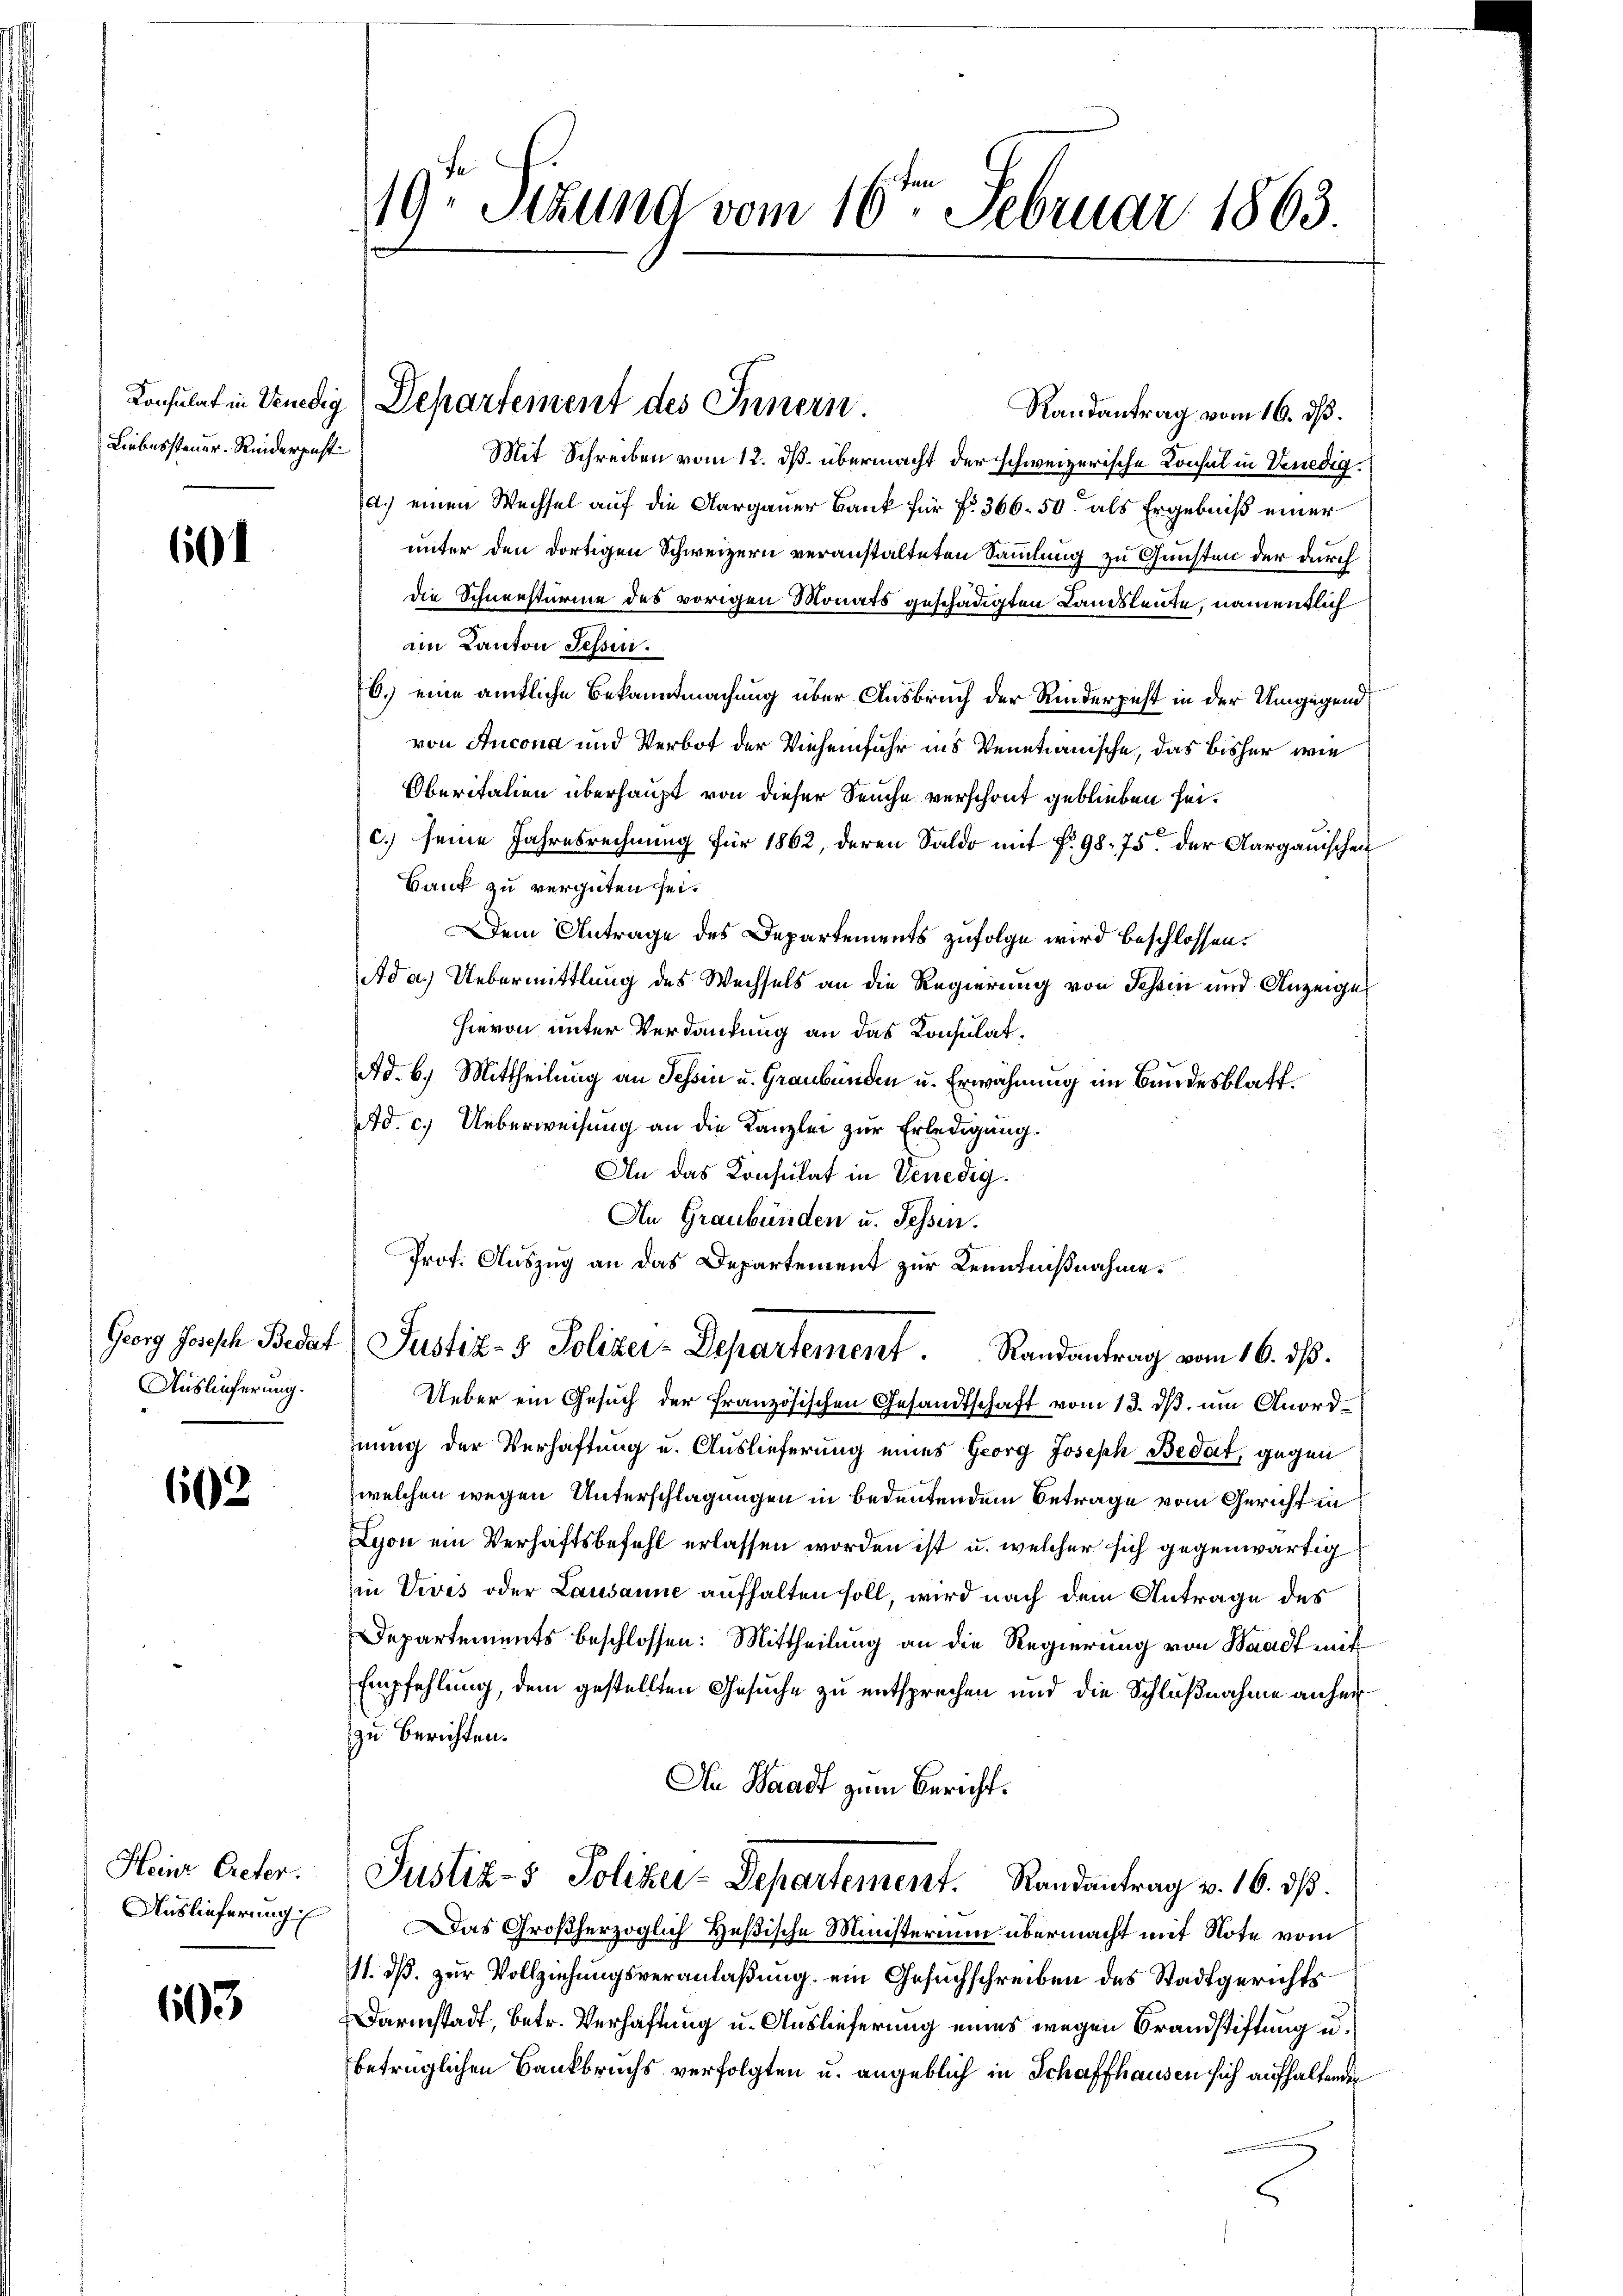
Liebessteuer-Riederpast

60

Auslieferung.

602

Heinr Creter.
Auslieferung

603

19. Sitzung vom 16ten Februar 1863.

Randantrag vom 16. dß.
Mit Schreiben vom 12. ds. übermacht der schweizerische Konsul in Venedigd.) einen Wechsel auf die Aargauer Bank für fr. 366. 50. als Ergebniß einer
unter den dortigen Schweizern veranstalteten Sammlung zu Gunsten der durch
die Schneestürme des vorigen Monats geschädigten Landsleute, namentlich
im Kanton Sessen.
0.) eine amtliche Bekanntmachung über Ausbruch der Rinderpest in der Umgegend
von Ancona und Verbot der Vieheinfuhr ins Venetianische, das bisher wie
Oberitalien überhaupt von dieser Seuche verschont geblieben sei.
c.) seine Jahresrechnung für 1862, deren Saldo mit § 98. 75 der Aargauischen
Bank zu vergüten sei.
Dem Antrage des Departements zufolge wird beschlossen.
Ada.) Uebermittlung des Wechsels an die Regierung von Schein und Anzeiges
Hievon unter Verdankung an das Konsulat,
Ad. 6. Mittheilung an Tessin u. Graubünden u. Erwähnung im Bandesblatt.
Ad. c.) Ueberweisung an die Kanzlei zur Erledigung.
An das Konsulat in Venedig
An Graubünden u. Tessin.
Prot. Auszug an das Departement zur Kenntnißnahme.
Georg Joseph Bedat Justiz- & Polizei-Departement. Randantrag vom 16. ds.
Ueber ein Gesuch der französischen Gesandtschaft vom 13. dβ, um Anordnung der Verhaftung u. Auslieferung eines Georg Joseph Bedat, gegen
welchen wegen Unterschlagungen in bedeutendem Betrage vom Gericht in
Lyon ein Verhaftsbefehl erlassen worden ist u. welcher sich gegenwärtig
in Vives oder Lausanne aufhalten soll, wird nach dem Antrage des
Departements beschlossen: Mittheilung an die Regierung von Waadt mit
Empfehlung, dem gestellten Gesuche zu entsprechen und die Schlußnahme anher
zu Berichten.
An Waadt zum Bericht.
Justiz- & Polizei-Departement. Randantrag v. 16. dß.
Das Großherzoglich Heßische Ministerium übermacht mit Note vom
11. dß. zur Vollziehungsveranlaßung ein Gesuchschreiben des Stadtgerichts
Darmstadt, betr. Verhaftung u. Auslieferung eines wegen Brandstiftung u.
betrüglichen Bankbruchs verfolgten u. angeblich in Schaffhausen sich aufhaltenden

Konsulat in Venedig Departement des Innern.